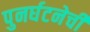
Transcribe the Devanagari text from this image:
पुनर्घटनेची